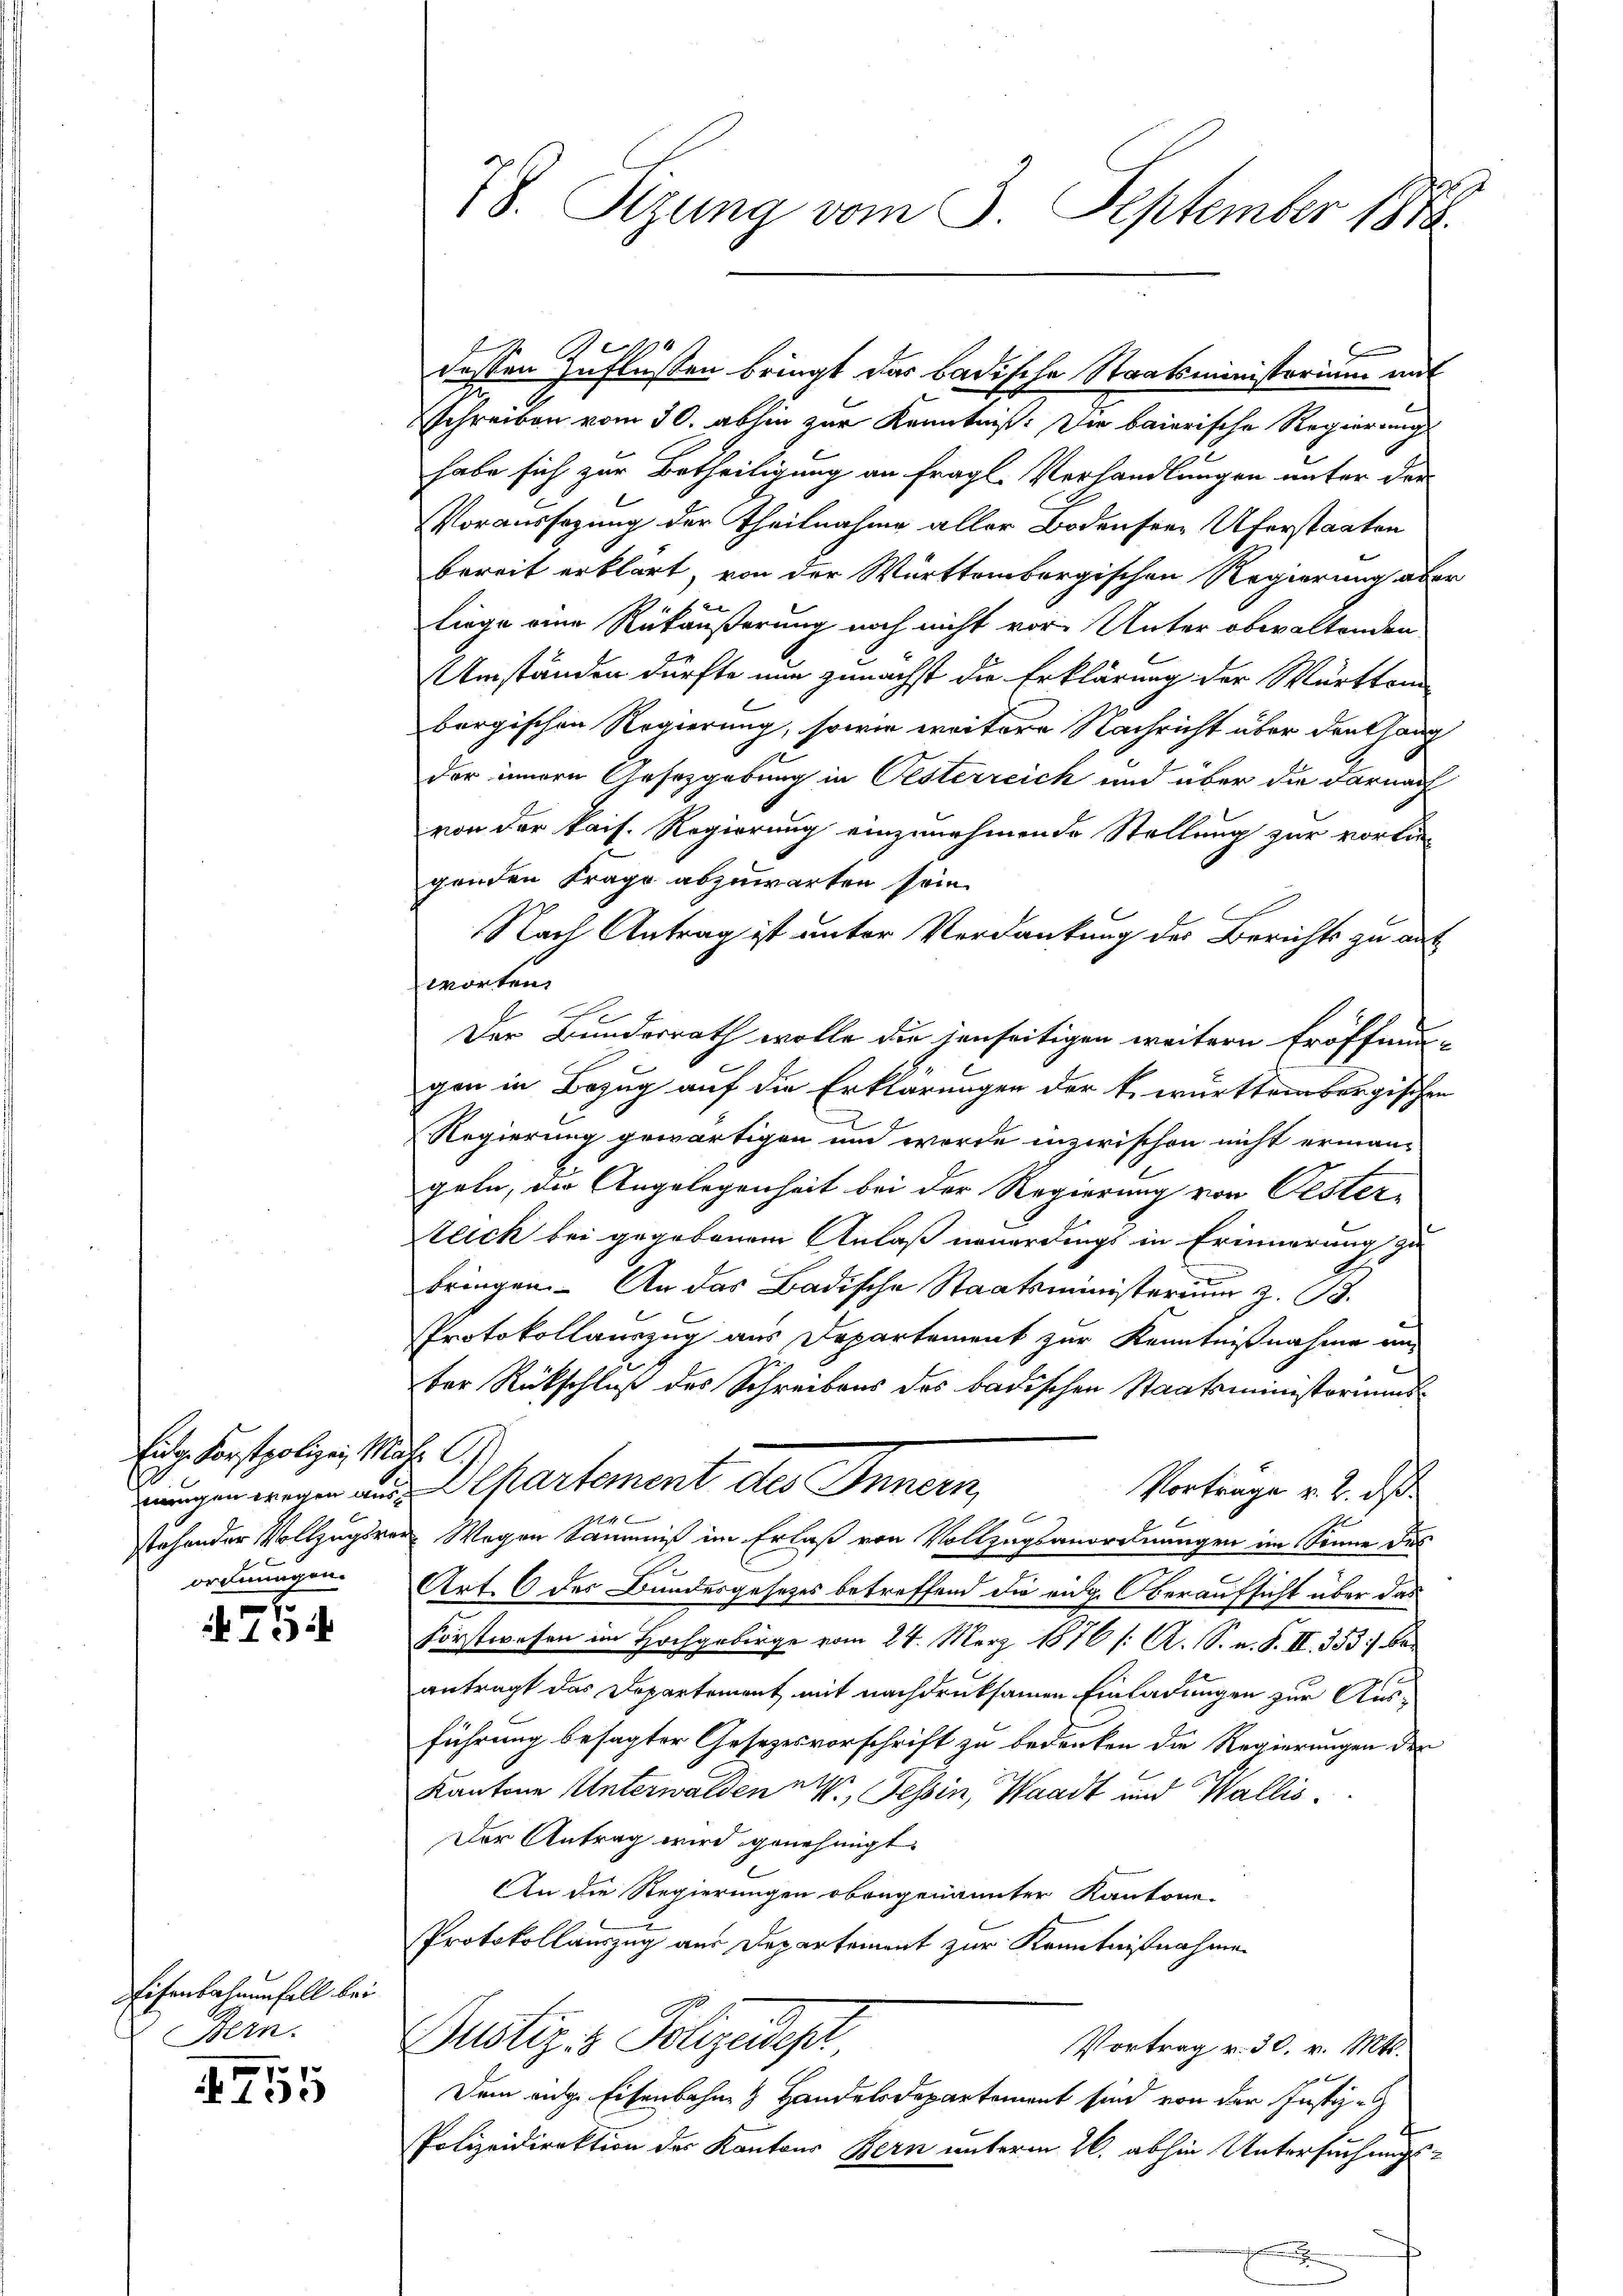
Eidge Forstpolizei, Mazingen wegen ausstehender Vollzugsre
ordnungen.

15
12

Eisenbahnenfall bei
Bern.

755

78. Sizung vom 3. September 1888.

schreiben vom 30. abhin zur Kenntniß. Die baierische Regierung
habe sich zur Betheiligung an fragl. Verhandlungen unter der
Voraussagung der Theilnahme aller Bodensere Uferstaaten
bereit erklärt, von der Württembergischen Regierung aber
liege eine Rükäußerung noch nicht vor Unter obwaltenden
Umständen dürfte nun zunächst die Erklärung der Württem
bergischen Regierung, sowie weitere Nachricht über den Hang
der innern Ansezgebung in Oesterreich und über die darnach
von der kais. Regierung einzunehmende Stellung zur vorlie-
genden Frage abzuwarten sein.
Nach Antrag ist unter Verdankung des Berichts zu auf
worten.
Der Bundesrath wolle die jenseitigen weitern Eröffnun-
gen in Bezug auf die Erklärungen der k. württembergischen
Regierung gewärtigen und werde inzwischen nicht erman-
geln, der Angelegenheit bei der Regierung von Oester-
teich bei gegebenem Anlaß neuerdings in Erinnerung zu
bringen. An das Badische Staatsministerium z. B.
Protokollauszug aus Departement zur Kenntnißnahme an
der Rückschluß des Schreibens des badischen Staatsministeriums¬
 l.
Departement des Innern,
Vortrage v. 2. ds.
F
1
b
Wegen Sammniß im Erlaß von Vollzugsanordnungen im Sonne des
Art. 6 des Bundesgesetzes betreffend die eige Oberaufsicht über das
Forstwesen im Hochgebirge vom 27. März 1876 /: A. S. n. F. II. 333) bei
antragt das Departement mit nachdruksamen Einladungen zur Ausführung besagter Gesezesvorschrift zu bedenken die Regierungen der
Kantone Unterwalden, Tessin, Waadt und Wallis¬
Der Antrag wird genehmigt.
An die Regierungen obengenannter Kantone-
Protokollauszug aus Departement zur Kenntnißnahmen
Justiz- & Polizeidep
Vortrag v. 30. v. Mts.
Dem ange Eisenbahnen Handelsdepartement sind von der Justiz-
Polizeidirektion des Kantons Bern unterm 26. abhin Untersuchungs¬

dessen Zuflüssen bringt das badische Staatsministerium mit

.